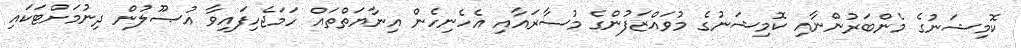
ކޮމިޝަނުގެ މެންބަރުންނާއި ކޮމިޝަނުގެ މުވައްޒަފުންގެ މުސާރައާއި އެހެނިހެން އިނާޔަތްތައް ހަމަޖެހިފައިވާ އުޞޫލުން ދިނުމަށްޓަކައި